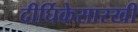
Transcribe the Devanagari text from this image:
दीर्घिकेसारखी